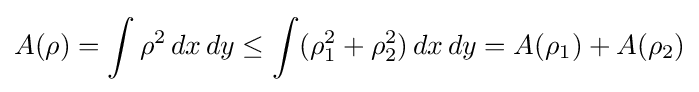
A(\rho )=\int \rho ^{2}\,dx\,dy\leq \int (\rho _{1}^{2}+\rho _{2}^{2})\,dx\,dy=A(\rho _{1})+A(\rho _{2})